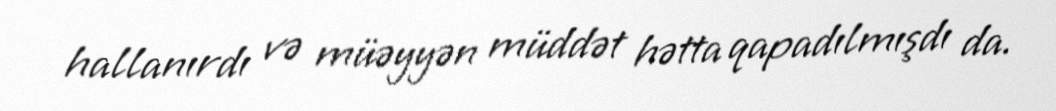
hallanırdı və müəyyən müddət hətta qapadılmışdı da.